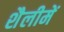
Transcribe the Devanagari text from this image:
शैलीमें